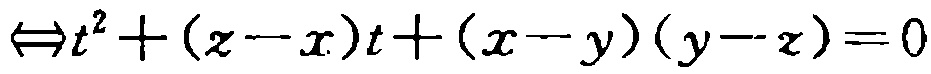
$\Leftrightarrow t^{2}+(z - x)t+(x - y)(y - z)=0$